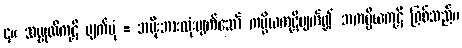
၄။ သမ္မုတိကုဋိ ပျက်ပုံ = အမိုးအားလုံးပျက်သော် ကပ္ပိယကုဋိပျက်၍ အကပ္ပိယကုဋိ ဖြစ်သည်။